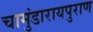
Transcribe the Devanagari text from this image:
चामुंडारायपुराण